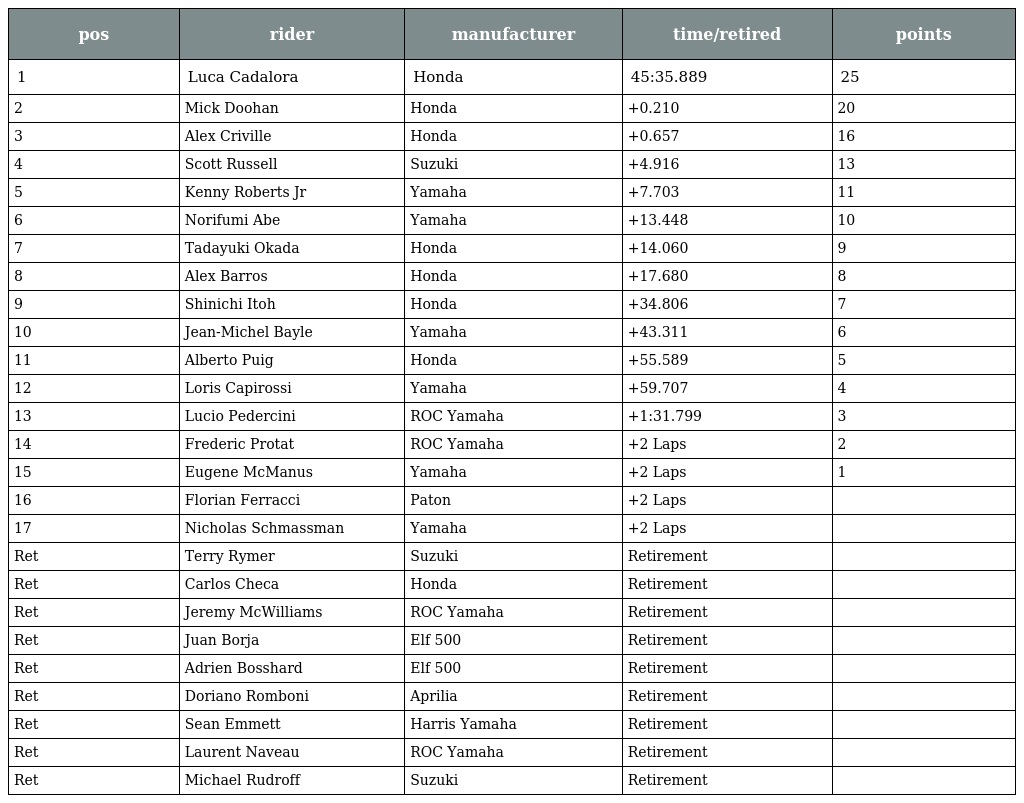
| pos | rider | manufacturer | time/retired | points |
 | --- | --- | --- | --- | --- |
 | 1 | Luca Cadalora | Honda | 45:35.889 | 25 |
 | 2 | Mick Doohan | Honda | +0.210 | 20 |
 | 3 | Alex Criville | Honda | +0.657 | 16 |
 | 4 | Scott Russell | Suzuki | +4.916 | 13 |
 | 5 | Kenny Roberts Jr | Yamaha | +7.703 | 11 |
 | 6 | Norifumi Abe | Yamaha | +13.448 | 10 |
 | 7 | Tadayuki Okada | Honda | +14.060 | 9 |
 | 8 | Alex Barros | Honda | +17.680 | 8 |
 | 9 | Shinichi Itoh | Honda | +34.806 | 7 |
 | 10 | Jean-Michel Bayle | Yamaha | +43.311 | 6 |
 | 11 | Alberto Puig | Honda | +55.589 | 5 |
 | 12 | Loris Capirossi | Yamaha | +59.707 | 4 |
 | 13 | Lucio Pedercini | ROC Yamaha | +1:31.799 | 3 |
 | 14 | Frederic Protat | ROC Yamaha | +2 Laps | 2 |
 | 15 | Eugene McManus | Yamaha | +2 Laps | 1 |
 | 16 | Florian Ferracci | Paton | +2 Laps |  |
 | 17 | Nicholas Schmassman | Yamaha | +2 Laps |  |
 | Ret | Terry Rymer | Suzuki | Retirement |  |
 | Ret | Carlos Checa | Honda | Retirement |  |
 | Ret | Jeremy McWilliams | ROC Yamaha | Retirement |  |
 | Ret | Juan Borja | Elf 500 | Retirement |  |
 | Ret | Adrien Bosshard | Elf 500 | Retirement |  |
 | Ret | Doriano Romboni | Aprilia | Retirement |  |
 | Ret | Sean Emmett | Harris Yamaha | Retirement |  |
 | Ret | Laurent Naveau | ROC Yamaha | Retirement |  |
 | Ret | Michael Rudroff | Suzuki | Retirement |  |